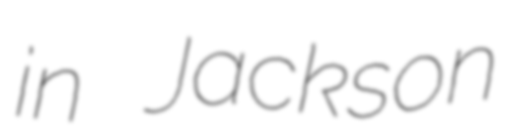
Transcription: in Jackson